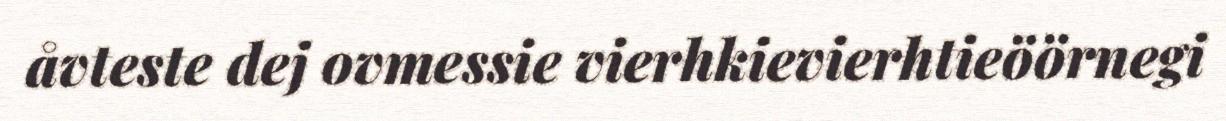
åvteste dej ovmessie vierhkievierhtieöörnegi